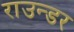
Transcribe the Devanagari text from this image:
राउन्डर